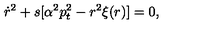
\dot { r } ^ { 2 } + s [ \alpha ^ { 2 } p _ { t } ^ { 2 } - r ^ { 2 } \xi ( r ) ] = 0 ,